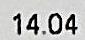
14.04